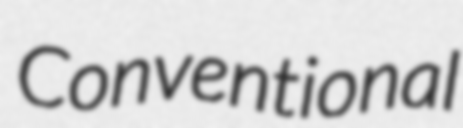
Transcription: Conventional